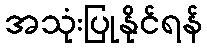
အသုံးပြုနိုင်ရန်